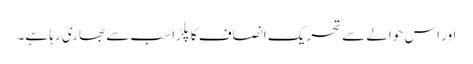
اور اس حوالے سے تحریک انصاف کا پلڑا سب سے بھاری رہا ہے۔